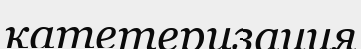
катетеризация